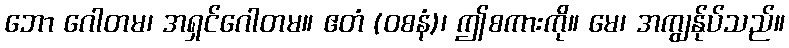
ဘော ဂေါတမ၊ အရှင်ဂေါတမ။ ဧတံ (ဝစနံ)၊ ဤစကားကို။ မေ၊ အကျွန်ုပ်သည်။